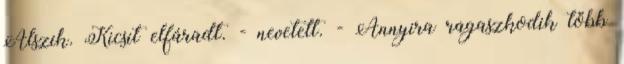
Alszik. Kicsit elfáradt. - nevetett. - Annyira ragaszkodik több